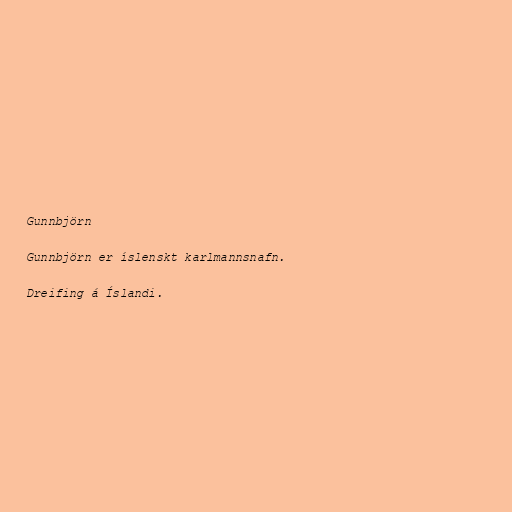
Gunnbjörn

Gunnbjörn er íslenskt karlmannsnafn.

Dreifing á Íslandi.